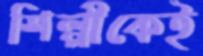
শিল্পীকেই